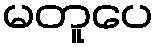
မတူပေ